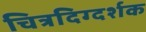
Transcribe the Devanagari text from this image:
चित्रदिग्दर्शक